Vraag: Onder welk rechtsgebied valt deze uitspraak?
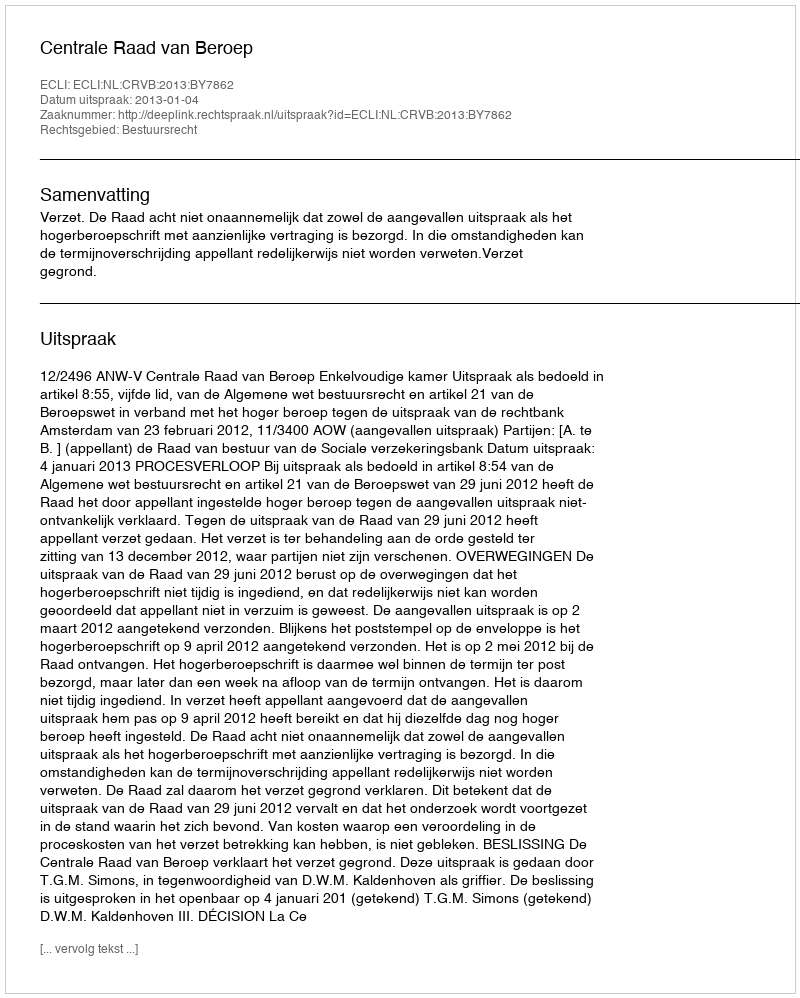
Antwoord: Bestuursrecht